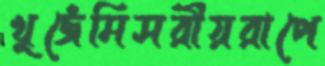
খুজেঁমিসরীয়রাপে